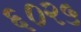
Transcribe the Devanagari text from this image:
६०२५